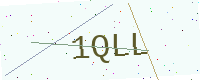
Text: 1QLL